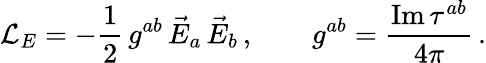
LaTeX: {\cal L}_{E}=-\frac{1}{2}\, g^{ab}\, \vec{E}_{a}\, \vec{E}_{b}\, ,\qquad g^{ab}=\frac{\mathrm{Im}\, \tau^{ab}}{4\pi}\, .